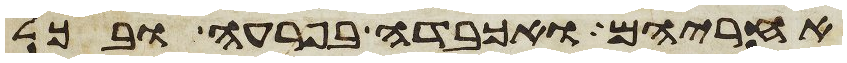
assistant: אחריהם ואכבדה בפרעה ובכל